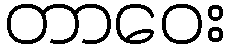
တာဝေး